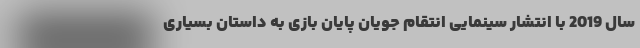
سال 2019 با انتشار سینمایی انتقام جویان پایان بازی به داستان بسیاری